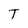
Character: T